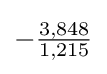
-{\tfrac {3,848}{1,215}}